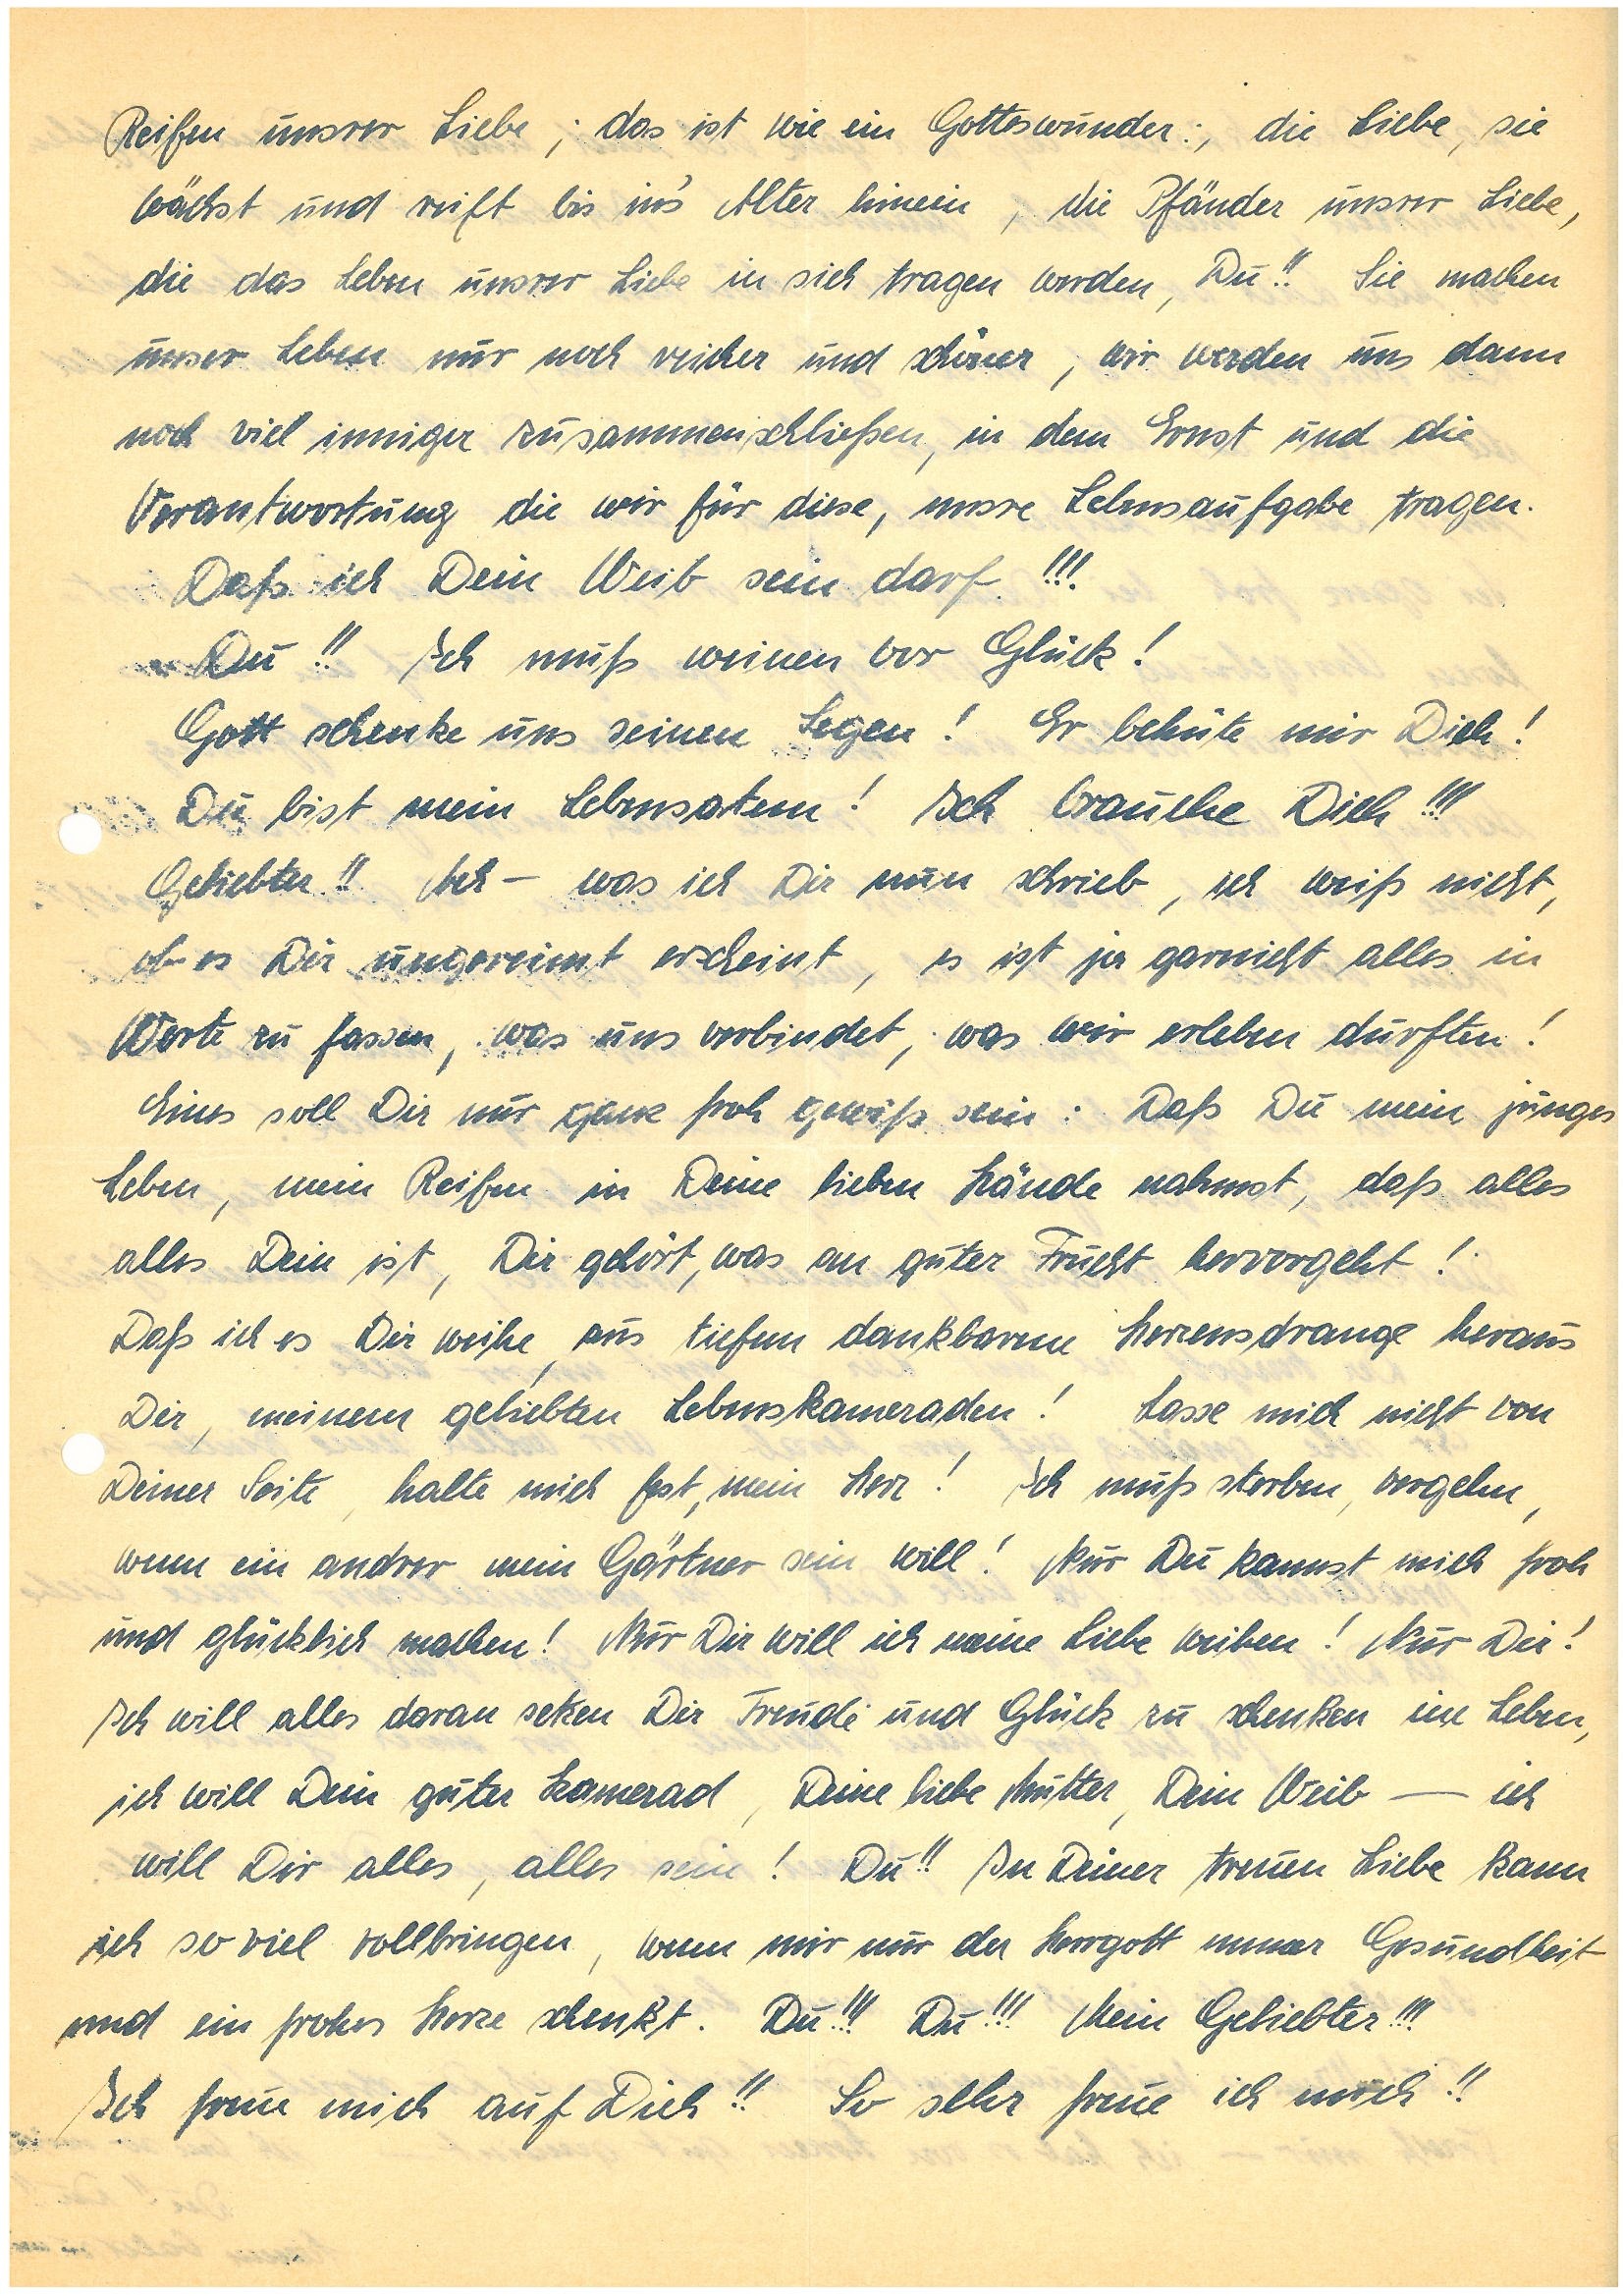
Reifen unserer Liebe; das ist wie ein Gotteswunder:, die Liebe, sie
wächst und reift bis ins‘Alter hinein, die Pfänder unsrer Liebe,
die das Leben unsrer Liebe in sich tragen werden, Du!! Sie machen
unser Leben nur noch reicher und schöner, wir werden uns dann
noch viel inniger zusammenschließen, in dem Ernst und die
Verantwortung die wir für diese, unsre Lebensaufgabe tragen.
Daß ich Dein Weib sein darf!!!
Du!! Ich muß weinen vor Glück!
Gott schenke uns seinen Segen! Er behüte mir Dich!
Du bist mein Lebensatem! Ich brauche Dich!!!
Geliebter!! Ach – was ich Dir nun schrieb, ich weiß es nicht,
ob es Dir ungereimt erscheint, es ist ja gar nicht alles in
Worte zu fassen, was uns verbindet, was wir erleben durften!
Eins soll Dir nur ganz froh gewiß sein: Daß Du mein junges
Leben, mein Reifen in Deine lieben Hände nahmst, daß alles
alles Dein ist, Dir gehört, was an guter Frucht hervorgeht!
Daß ich es Dir weihe aus tiefem dankbarem Herzendrange heraus
Dir, meinem geliebten Lebenskameraden! Lasse mich nicht von
Deiner Seite, halte mich fest, mein Herz! Ich muß sterben, vergehn,
wenn ein andrer mein Gärtner sein will! Nur Du kannst mich froh
und glücklich machen! Nur Dir will ich meine Liebe weihen! Nur Dir!
Ich will alles daran setzen Dir Freude und Glück zu schenken im Leben,
ich will Dein guter Kamerad, Deine liebe Mutter, Dein Weib – ich
will Dir alles, alles sein! Du!! In Deiner treuen Liebe kann
ich so viel vollbringen, wenn mir nur der Herrgott immer Gesundheit
und ein frohes Herze schenkt. Du!!! Du!!! Mein Geliebter!!!
Ich freu mich auf Dich!! So sehr freue ich mich!!